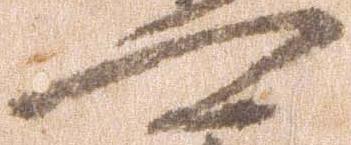
可